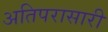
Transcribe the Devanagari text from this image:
अतिपरासारी